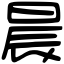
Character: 晨